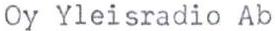
Oy Yleisradio Ab